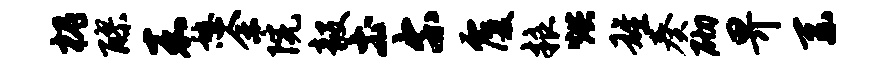
槐醪嘉憩余院毅土尔覆粮烘雄奏砌畀系